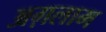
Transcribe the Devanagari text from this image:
अग़लाम